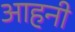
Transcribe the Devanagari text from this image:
आहनी